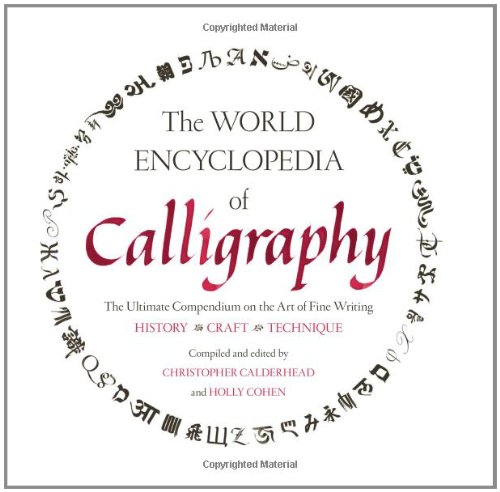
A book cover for The World Encyclopedia of Calligraphy: The Ultimate Compendium on the Art of Fine Writing-History, Craft, Technique; Arts & Photography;